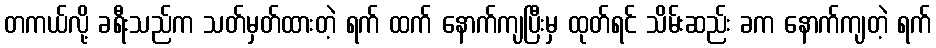
တကယ်လို့ ခရီးသည်က သတ်မှတ်ထားတဲ့ ရက် ထက် နောက်ကျပြီးမှ ထုတ်ရင် သိမ်းဆည်း ခက နောက်ကျတဲ့ ရက်